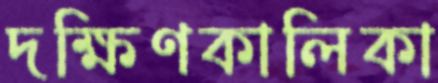
দক্ষিণকালিকা